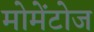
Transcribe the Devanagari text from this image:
मोमेंटोज